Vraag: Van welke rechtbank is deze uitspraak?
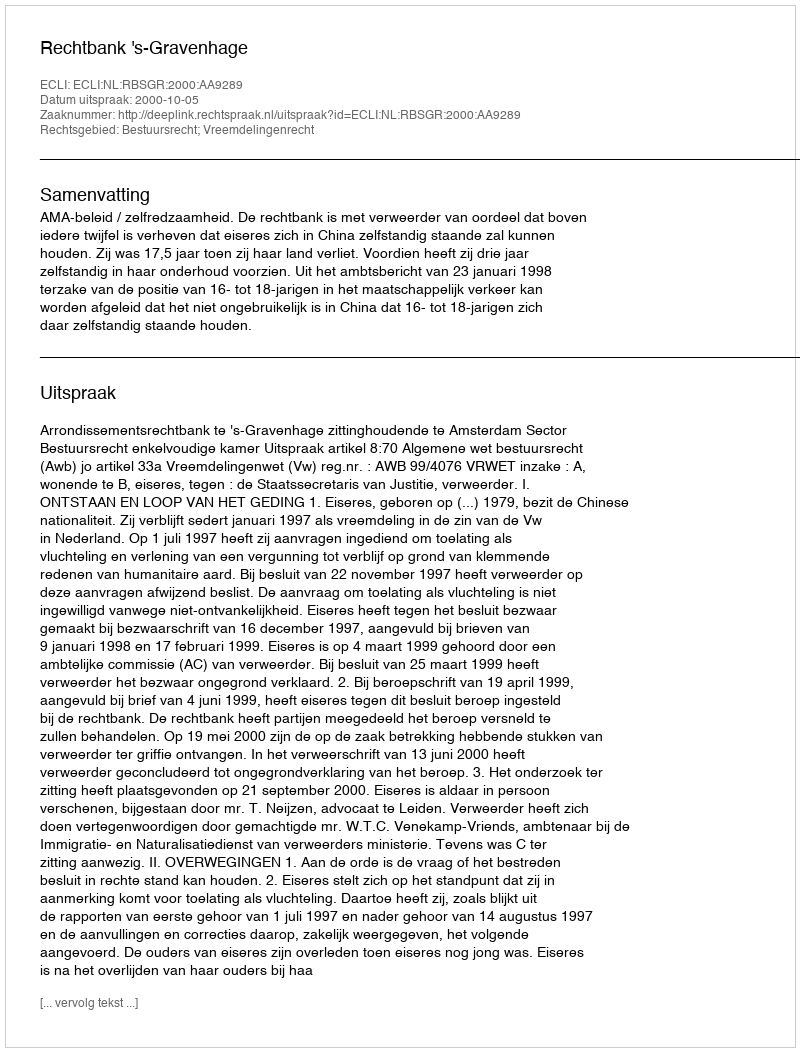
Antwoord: Rechtbank 's-Gravenhage